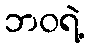
ဘဝရဲ့